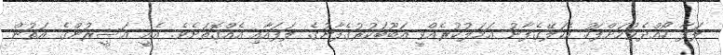
ލަފާ ހޯއްދެވުމަށްފަހު އެކަލޭގެފާނު ޢަމަލުކުރެއްވީ އަބޫބަކުރުގެފާނުގެ ލަފައާއި އެއްގޮތަށެވެ. އެއީ އަސީރުންގެ އަތުން